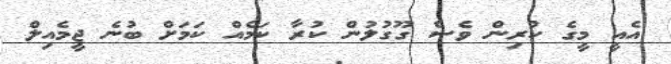
އެއީ މީގެ ކުރިން ވެސް ގޫގުލުން ކުރާ ކަމެއް ކަމަށް ބުނެ ޖީމެއިލް